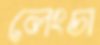
লেংচা